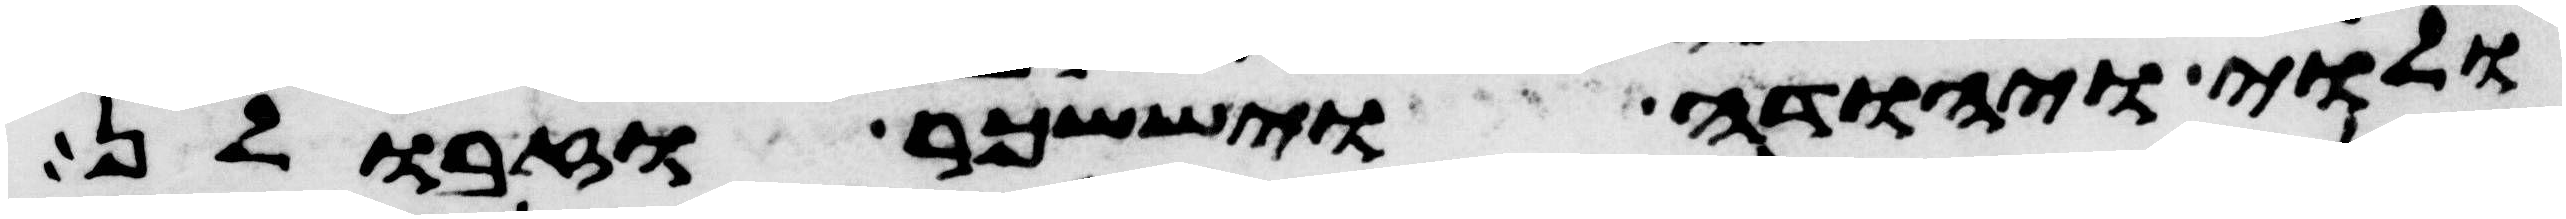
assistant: ולוי ויהודה ויששכר וזבולן